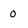
Character: 0